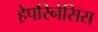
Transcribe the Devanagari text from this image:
हेपरिनेसिस